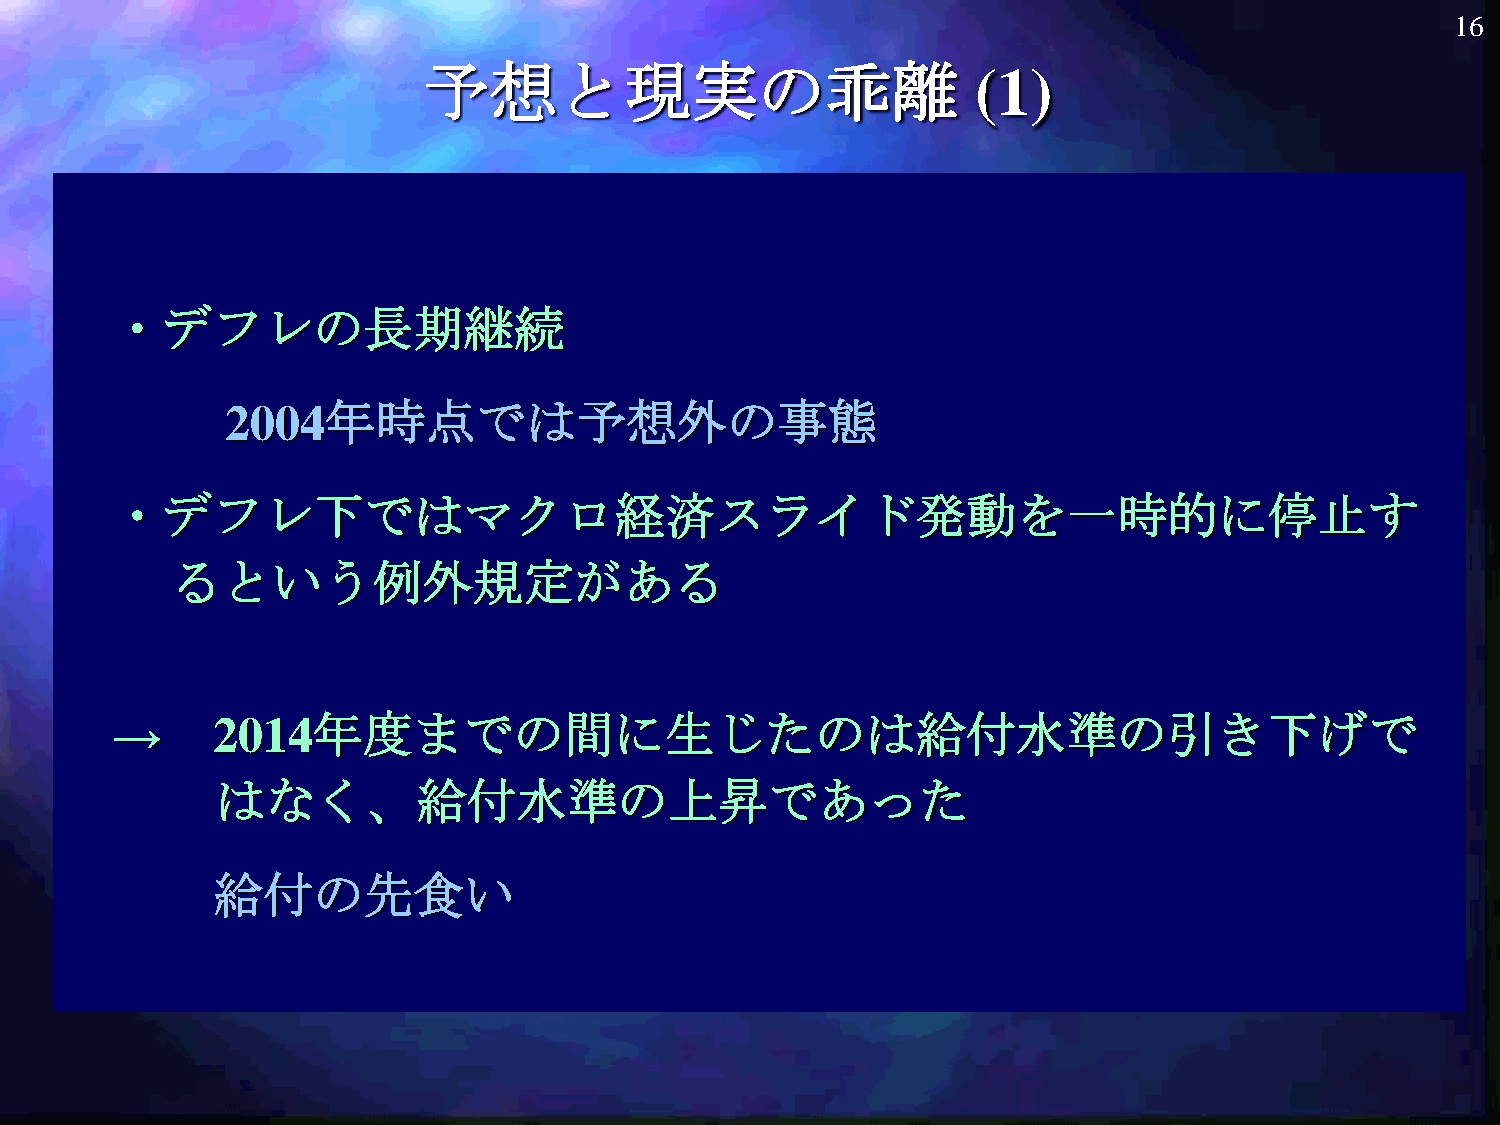
16
 予想と現実の乖離                             (1)
 ・デフレの長期継続
 2004年時点では予想外の事態
 ・デフレ下ではマクロ経済スライド発動を一時的に停止す
 るという例外規定がある
 →      2014年度までの間に生じたのは給付水準の引き下げで
 はなく、給付水準の上昇であった
 給付の先食い